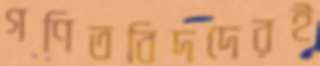
গণিতবিদদেরই